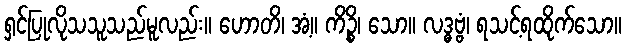
ရှင်ပြုလိုသသူသည်မူလည်း။ ဟောတိ၊ အံ့။ ကိဉ္စိ၊ သော။ လဒ္ဓဗ္ဗံ၊ ရသင့်ရထိုက်သော။